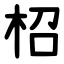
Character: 柖